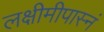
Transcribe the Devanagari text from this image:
लक्षीमीपास्नं